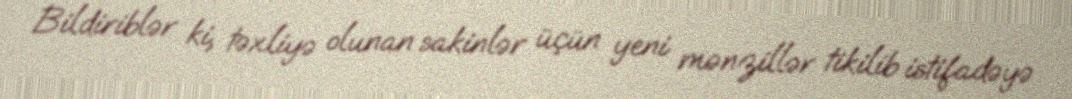
Bildiriblər ki, təxliyə olunan sakinlər üçün yeni mənzillər tikilib istifadəyə